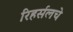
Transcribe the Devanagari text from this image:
रिहर्सलचे